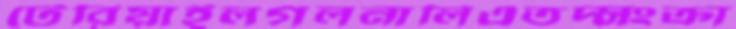
টেরিয়াইলগলনালিএতদ্সংক্রা